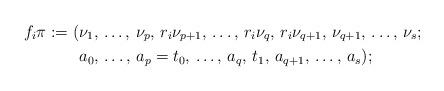
LaTeX: \begin{align*}f_i \pi := ( & \nu_1,\,\ldots,\,\nu_{p},\,r_i\nu_{p+1},\,\dots,\, r_i\nu_{q},\,r_i\nu_{q+1},\,\nu_{q+1},\,\ldots,\,\nu_s ; \\& a_0,\,\ldots,\,a_{p}=t_0,\,\ldots,\,a_{q},\,t_1,\, a_{q+1},\,\ldots,\,a_s);\end{align*}